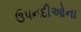
ઉપનદીઓના